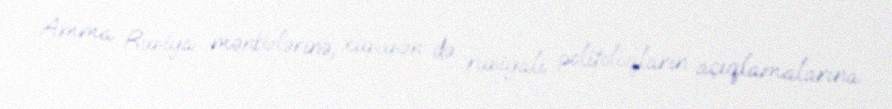
Amma Rusiya mənbələrinə, xüsusən də rusiyalı politoloqların açıqlamalarına